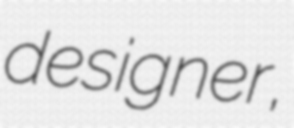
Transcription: designer,